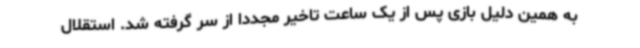
به همین دلیل بازی پس از یک ساعت تاخیر مجددا از سر گرفته شد. استقلال